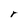
Character: r